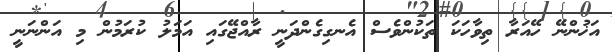
އަޚުންނޭ ހޭއަރާ ތިވާހަކަ ތަކުންވެސް އެނގިގެންދަނީ ރާއްޖޭގައި އަމަލު ކުރަމުން މި އަންނަނީ